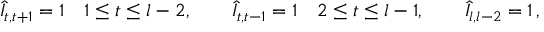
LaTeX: \hat { I } _ { t , t + 1 } = 1 \quad 1 \leq t \leq l - 2 , \quad \quad \hat { I } _ { t , t - 1 } = 1 \quad 2 \leq t \leq l - 1 , \quad \quad \hat { I } _ { l , l - 2 } = 1 \, ,